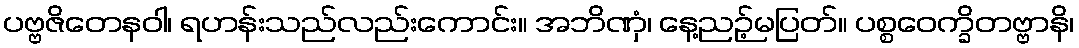
ပဗ္ဗဇိတေနဝါ၊ ရဟန်းသည်လည်းကောင်း။ အဘိဏှံ၊ နေ့ညဉ့်မပြတ်။ ပစ္စဝေက္ခိတဗ္ဗာနိ၊